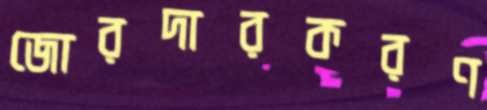
জোরদারকরণ